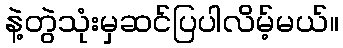
နဲ့တွဲသုံးမှဆင်ပြပါလိမ့်မယ်။